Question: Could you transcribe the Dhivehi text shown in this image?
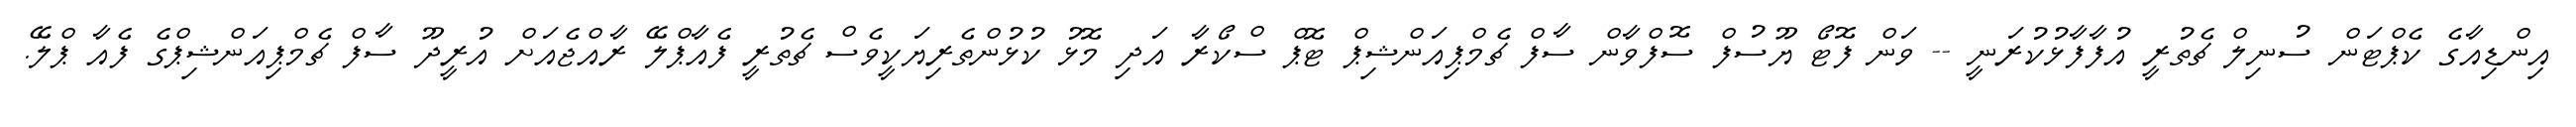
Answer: އިންޑިއާގެ ކެޕްޓަން ސުނިލް ޗެތުރީ އުފާފާޅުކުރަނީ -- ވަން ފޮޓޯ ޔޫސުފް ސޮފްވާން ސާފް ޗެމްޕިއަންޝިޕް ޓޮޕް ސްކޯރާ އަދި މޮޅު ކުޅުންތެރިޔަކީވެސް ޗެތުރީ ފެއާޕްލޭ ރާއްޖެއަށް އުރީދޫ ސާފް ޗެމްޕިއަންޝިޕްގެ ފެއާ ޕްލޭ.